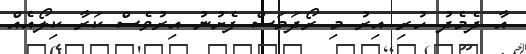
އާ ދެމެދު ހުރި އިރު މި ރޯދަމަސް ފެށުނު އިރުވެސް ކަރާ ކިލޯއެއް